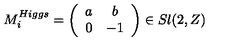
M _ { i } ^ { H i g g s } = \left( \begin{array} { c c } { a } & { b } \\ { 0 } & { - 1 } \\ \end{array} \right) \in S l ( 2 , Z )